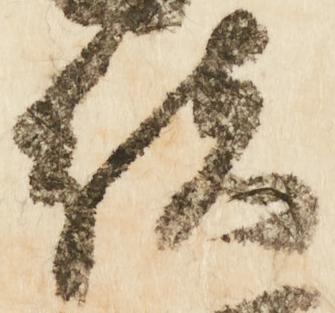
緒